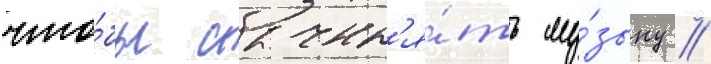
что́бы сочин'я́ть му́зыку /